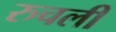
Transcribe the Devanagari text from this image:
रुचली